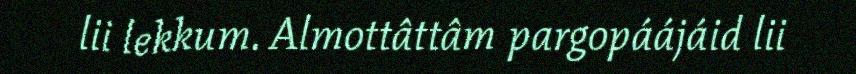
lii lekkum. Almottâttâm pargopáájáid lii